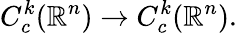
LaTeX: C_{c}^{k}(\mathbb{R}^{n})\to C_{c}^{k}(\mathbb{R}^{n}).